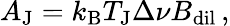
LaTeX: A_{\mathrm{J}}=k_{\mathrm{B}}T_{\mathrm{J}}\Delta\nu B_{\mathrm{dil}}\, ,